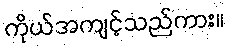
ကိုယ်အကျင့်သည်ကား။